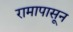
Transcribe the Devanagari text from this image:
रामापासून